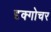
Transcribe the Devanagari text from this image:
दृक्गोचर